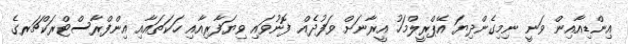
އިންޑިއާއިން ވަނީ ނިމިގެންދިޔަ އޭޕްރީލްމަހު އީރާނަށް ވަފުދެއް ފޮނުވައި ވިޔަފާރިއާއި ހަކަތައާއި އިންފްރާސްޓްރަކްޗަރގެ